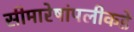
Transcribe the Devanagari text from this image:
सीमारेषांपलीकडे